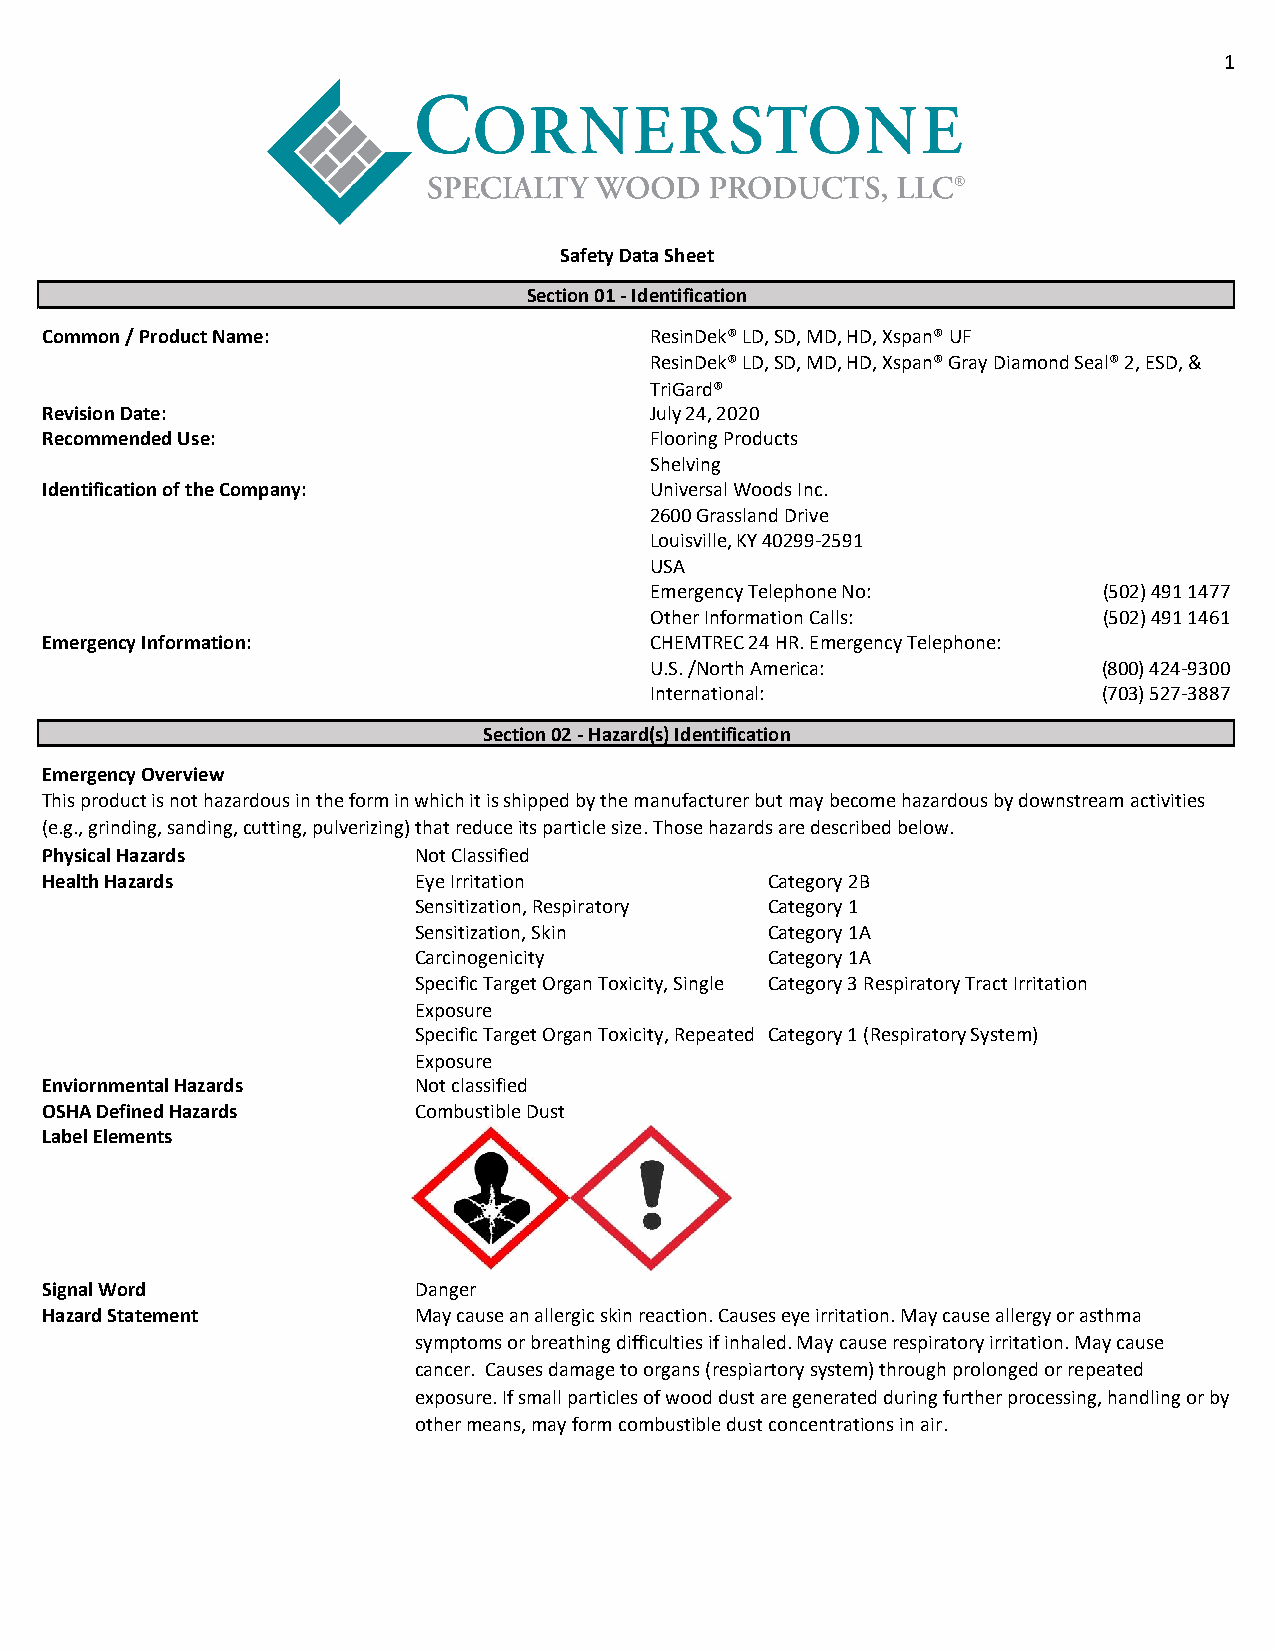
1
 Safety Data Sheet
 Section 01 - Identification
 Common / Product Name:                  ResinDek® LD, SD, MD, HD, Xspan® UF
 ResinDek® LD, SD, MD, HD, Xspan® Gray Diamond Seal® 2, ESD, &
 TriGard®
 Revision Date:                          July 24, 2020
 Recommended Use:                        Flooring Products
 Shelving
 Identification of the Company:          Universal Woods Inc.
 2600 Grassland Drive
 Louisville, KY 40299-2591
 USA
 Emergency Telephone No:       (502) 491 1477
 Other Information Calls:      (502)491 1461
 Emergency Information:                  CHEMTREC 24 HR. Emergency Telephone:
 U.S. /North America:          (800)424-9300
 International:                (703)527-3887
 Section 02 - Hazard(s) Identification
 Emergency Overview
 This product is not hazardous in the form in which it is shipped by the manufacturer but may become hazardous by downstream activities
 (e.g., grinding, sanding, cutting, pulverizing) that reduce its particle size. Those hazards are described below.
 Physical Hazards        Not Classified
 Health Hazards          Eye Irritation          Category 2B
 Sensitization, Respiratory Category 1
 Sensitization, Skin     Category 1A
 Carcinogenicity         Category 1A
 Specific Target Organ Toxicity, Single Category 3 Respiratory Tract Irritation
 Exposure
 Specific Target Organ Toxicity, Repeated Category 1 (Respiratory System)
 Exposure
 Enviornmental Hazards   Not classified
 OSHA Defined Hazards    Combustible Dust
 Label Elements
 Signal Word             Danger
 Hazard Statement        May cause an allergic skin reaction. Causes eye irritation. May cause allergy or asthma
 symptoms or breathing difficulties if inhaled. May cause respiratory irritation. May cause
 cancer. Causes damage to organs (respiartory system) through prolonged or repeated
 exposure. If small particles of wood dust are generated during further processing, handling or by
 other means, may form combustible dust concentrations in air.